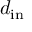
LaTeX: d _ { \mathrm { i n } }